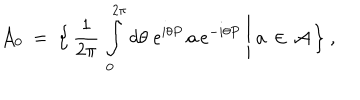
LaTeX: { \mathcal A } _ { 0 } \ = \ \Bigl \{ \, \frac { 1 } { 2 \pi } \, \int _ { 0 } ^ { 2 \pi } d \theta \; e ^ { i \theta P } \, a \, e ^ { - i \theta P } \ \Bigg | \ a \, \in \, { \mathcal A } \, \Bigr \} \ ,